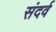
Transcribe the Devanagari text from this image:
संदर्व